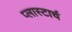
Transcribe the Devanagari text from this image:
प्लास्टार्च